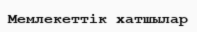
Мемлекеттік хатшылар